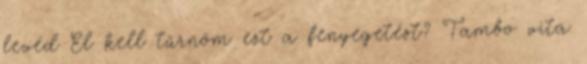
levéd El kell tűrnöm ezt a fenyegetést? Tambo vita